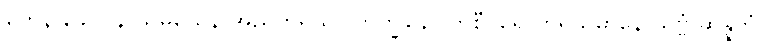
တေန ခေါ ပန သမယေန အညတရဿ ဘိက္ခုနော တိစီဝရေ ကရိယမာနေ သဗ္ဗံ ဆိန္နကံ